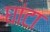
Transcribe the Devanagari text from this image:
घांटा